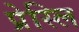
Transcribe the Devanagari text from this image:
प्रेस्लि